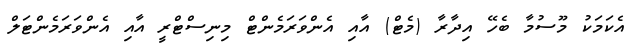
އެކަމަކު މޫސުމާ ބެހޭ އިދާރާ (މެޓް) އާއި އެންވަރަމެންޓް މިނިސްޓްރީ އާއި އެންވަރަމެންޓަލް